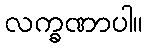
လက္ခဏာပါ။